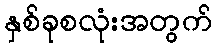
နှစ်ခုစလုံးအတွက်